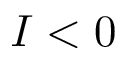
I < 0